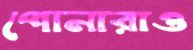
পোনারাও